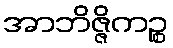
အာဘိဇ္ဇိကဉ္စ